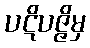
ပဋိပဇ္ဇိမှ